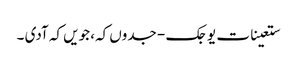
ستعینات یوجک - جدوں کہ، جویں کہ آدی ۔